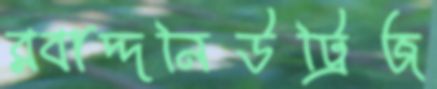
রবাদ্দনিউট্রিজ